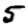
Digit: 5